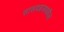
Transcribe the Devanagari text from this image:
सासवडजवळील